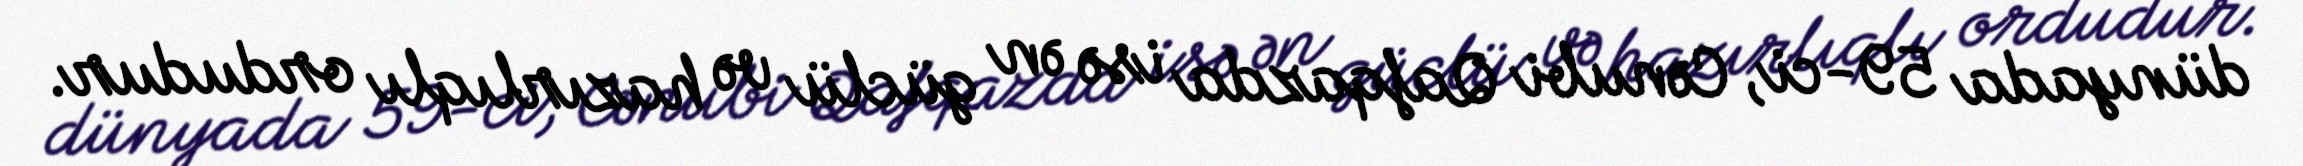
dünyada 59-ci, Cənubi Qafqazda isə ən güclü və hazırlıqlı ordudur.